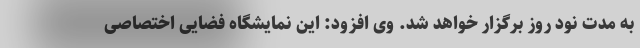
به مدت نود روز برگزار خواهد شد. وی افزود: این نمایشگاه فضایی اختصاصی